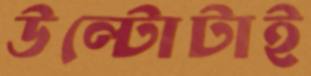
উল্টোটাই